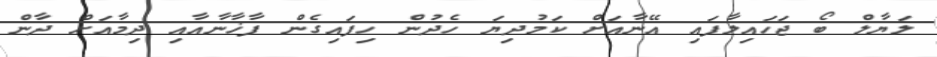
ލަޔާލް ބޯ ޖަހައިލާފައި އޭނާއަށް ކަމުދިޔަ ހެދުން ހިފައިގެން ފާޚާނާއާއި ދިމާއަށް ދާން